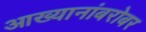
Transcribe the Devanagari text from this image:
आख्यानांबरोबर